Document type: Sale
Year: 1354
Scribe: Bernat de Torre
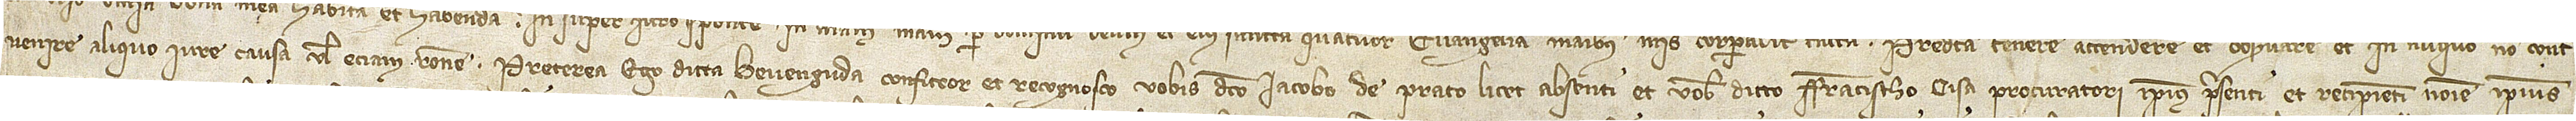
venire aliquo iure, causa vel etiam ratione. Preterea ego dicta Bevenguda confiteor et recognosco vobis dicto Iacobo de Prato, licet absenti, et vobis dicto Francisco Cisa, procuratori ipsius, presenti et recipienti nomine ipsius